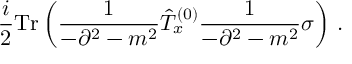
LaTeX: \frac { i } { 2 } \mathrm { T r } \left( \frac { 1 } { - \partial ^ { 2 } - m ^ { 2 } } \hat { T } _ { x } ^ { ( 0 ) } \frac { 1 } { - \partial ^ { 2 } - m ^ { 2 } } \sigma \right) \, .